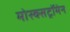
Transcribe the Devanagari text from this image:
मोस्क्सट्रॉमेन